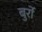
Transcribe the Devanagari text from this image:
बुर्रो